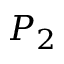
P _ { 2 }